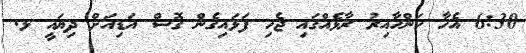
6:30 އެހާ ކަންހާއިރު ރާޅެއްގައި ޖެހި ފަޅައިގެން ގޮސް އަޑިއަށް ދިޔައީ ޅ.